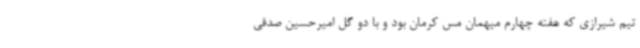
تیم شیرازی که هفته چهارم میهمان مس کرمان بود و با دو گل امیرحسین صدقی